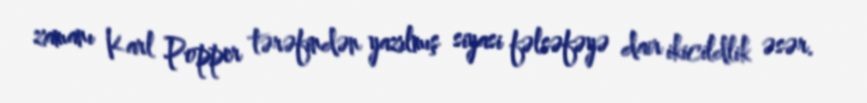
zamanı Karl Popper tərəfindən yazılmış siyasi fəlsəfəyə dair ikicildlik əsər.